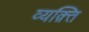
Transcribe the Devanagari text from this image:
व्यक़्ति